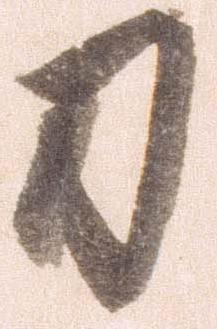
刀